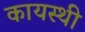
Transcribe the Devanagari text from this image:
कायस्थी